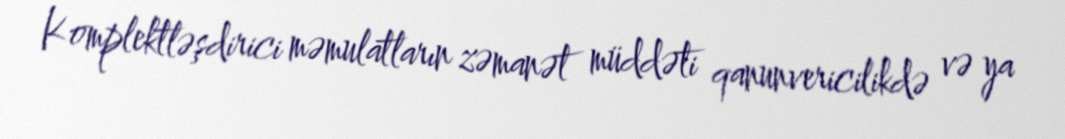
Komplektləşdirici məmulatların zəmanət müddəti qanunvericilikdə və ya